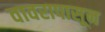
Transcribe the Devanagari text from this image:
वावरापासून